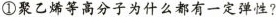
①聚乙烯等高分子为什么都有一定弹性？